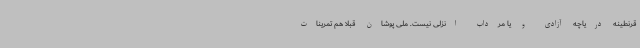
قرنطینه دریاچه آزادی و یا مرداب انزلی نیست. ملی پوشان قبلا هم تمرینات